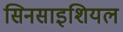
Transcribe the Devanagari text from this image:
सिनसाइशियल